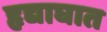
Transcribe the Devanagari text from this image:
हृद्याघात